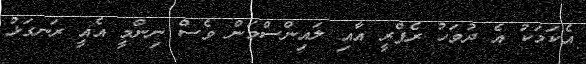
އެކަމަކު އެ ދުވަހު ރެފްރީ އާއި ލައިންސްމަން ވެސް ނިންމީ އެއީ ރަނގަޅު